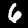
Label: 6